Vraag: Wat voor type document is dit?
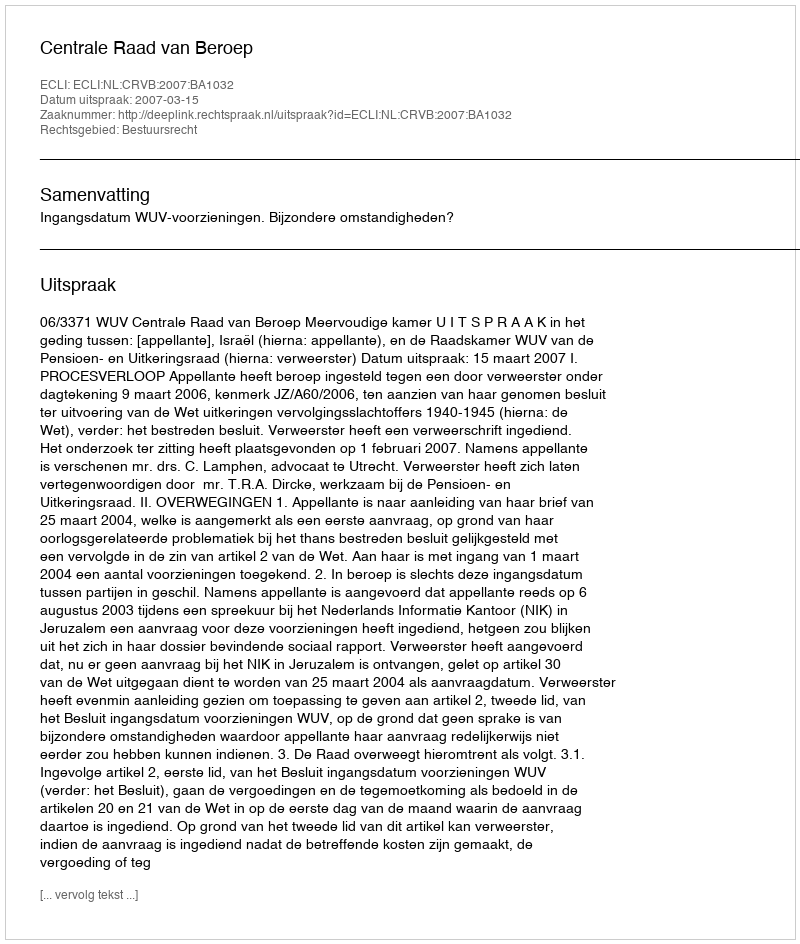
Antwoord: Uitspraak